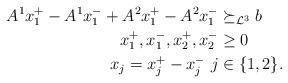
LaTeX: \begin{align*}A^1x^+_1-A^1x^-_1+A^2x^+_1-A^2x^-_1&\succeq_{\mathcal{L}^{3}} b\\x_1^+,x_1^-,x_2^+,x_2^-&\geq 0 \\x_j=x_j^+-x_j^- \ j&\in\{1,2\}.\end{align*}